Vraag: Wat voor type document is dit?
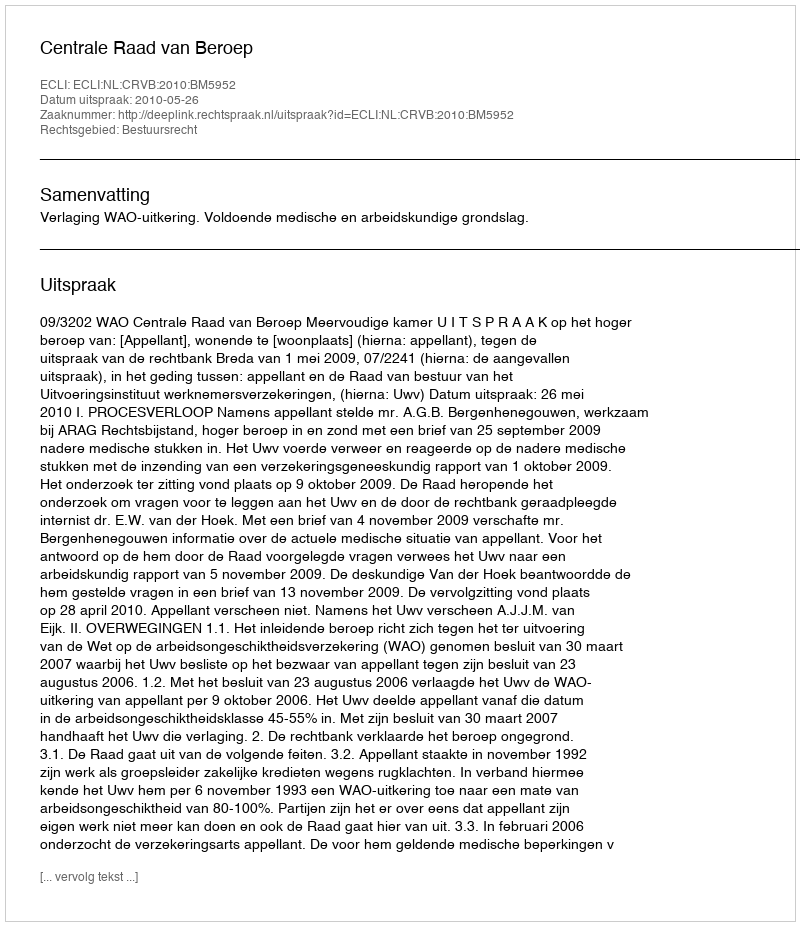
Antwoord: Uitspraak